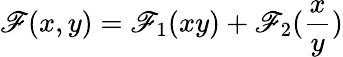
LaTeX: \mathscr{F}(x,y)=\mathscr{F}_{1}(xy)+\mathscr{F}_{2}(\frac{{x}}{{y}})